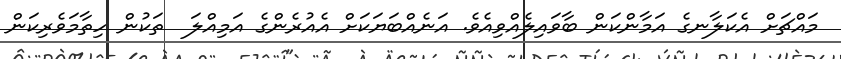
މައްޗަށް އެކަލާނގެ އަމާންކަން ބާވައިލެއްވިއެވެ. އަނެއްބަޔަކަށް އެއުރެންގެ އަމިއްލަ  ތަކުން ހިތާމަވެރިކަން